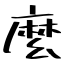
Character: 麼